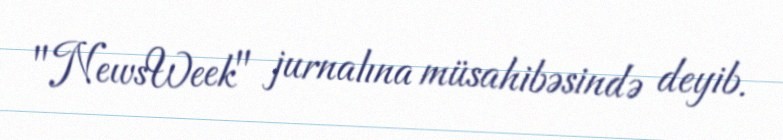
"NewsWeek" jurnalına müsahibəsində deyib.